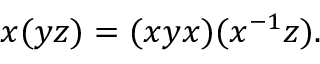
x ( y z ) = ( x y x ) ( x ^ { - 1 } z ) .